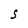
Character: S